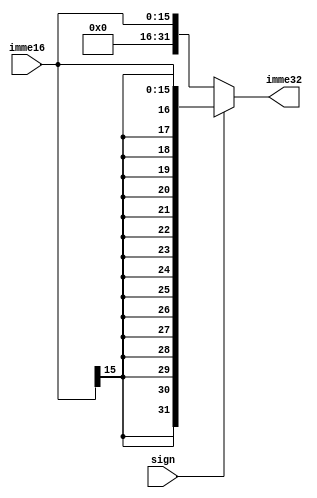
module D_ext (
           input [15:0] imme16,
           input sign,
           output [31:0] imme32
       );

assign imme32 = sign ? {{16{imme16[15]}},imme16} : {{16{1'b0}},imme16};

endmodule